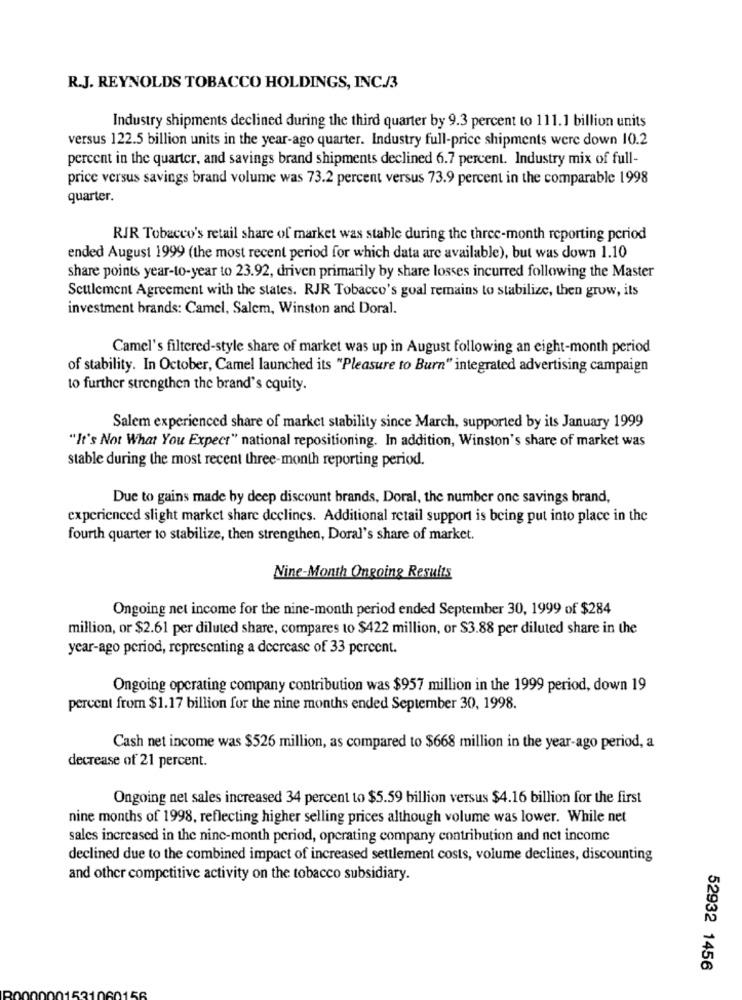
R.J. REYNOLDS TOBACCO HOLDINGS, INC./3
Industry shipments declined during the third quarter by 9.3 percent to 111.1 billion units
versus 122.5 billion units in the year-ago quarter. Industry full-price shipments were down 10.2
percent in the quarter, and savings brand shipments declined 6.7 percent. Industry mix of full-
price versus savings brand volume was 73.2 percent versus 73.9 percent in the comparable 1998
quarter.
RIR Tobacco's retail share of market was stable during the three-month reporting period
ended August 1999 (the most recent period for which data are available), but was down 1.10
share points year-to-year to 23.92, driven primarily by share losses incurred following the Master
Seulement Agreement with the states. RJR Tobacco's goal remains to stabilize, then grow, its
investment brands: Camel, Salem, Winston and Doral.
Camel's filtered-style share of market was up in August following an eight-month period
of stability. In October, Camel launched its "Pleasure to Burn" integrated advertising campaign
to further strengthen the brand's equity.
Salem experienced share of market stability since March, supported by its January 1999
"It's Not What You Expect" national repositioning. In addition, Winston's share of market was
stable during the most recent three-month reporting period.
Due to gains made by deep discount brands, Doral, the number one savings brand,
experienced slight market share declines. Additional retail support is being put into place in the
fourth quarter to stabilize, then strengthen, Doral's share of market.
Nine-Month Ongoing Results
Ongoing net income for the nine-month period ended September 30, 1999 of $284
million, or $2.61 per diluted share, compares to $422 million, or $3.88 per diluted share in the
year-ago period, representing a dcercase of 33 percent.
Ongoing operating company contribution was $957 million in the 1999 period, down 19
percent from $1.17 billion for the nine months ended September 30, 1998.
Cash net income was $526 million, as compared to $668 million in the year-ago period, a
decrease of 21 percent.
Ongoing net sales increased 34 percent to $5.59 billion versus $4.16 billion for the first
nine months of 1998, reflecting higher selling prices although volume was lower. While net
sales increased in the nine-month period, operating company contribution and net income
declined due to the combined impact of increased settlement costs, volume declines, discounting
and other competitive activity on the tobacco subsidiary.
52932 1456